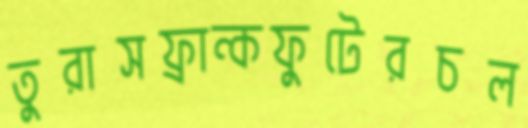
তুরাসফ্রান্কফুটেরচল